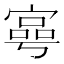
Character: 𡪑